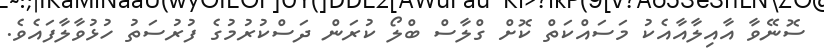
ސޮނޭވާ އާއިލާއާއެކު މަސައްކަތް ކޮށް ގްލާސް ބްލޯ ކުރަން ދަސްކުރުމުގެ ފުރުސަތު ހުޅުވާލާފައެވެ.